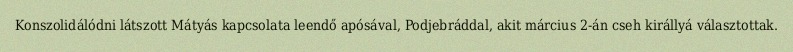
Konszolidálódni látszott Mátyás kapcsolata leendő apósával, Podjebráddal, akit március 2-án cseh királlyá választottak.